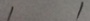
1 1